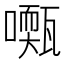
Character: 𡁓